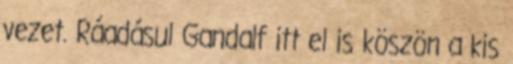
vezet. Ráadásul Gandalf itt el is köszön a kis